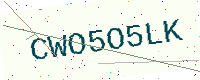
Text: CWO5O5LK